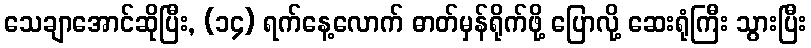
သေချာအောင်ဆိုပြီး, (၁၄) ရက်နေ့လောက် ဓာတ်မှန်ရိုက်ဖို့ ပြောလို့ ဆေးရုံကြီး သွားပြီး